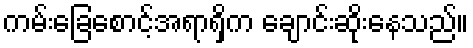
ကမ်းခြေစောင့်အရာရှိက ချောင်းဆိုးနေသည်။